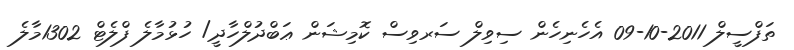
ތަފްސީލް 2011-10-09 އެހެނިހެން ސިވިލް ސަރވިސް ކޮމިޝަން ޢަބްދުލްހާދީ/ ހުޅުމާލެ ފްލެޓް 1302މާލެ